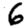
Digit: 6